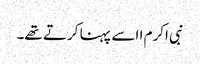
نبی اکرم ا اسے پہنا کرتے تھے۔